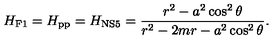
H _ { \mathrm { F 1 } } = H _ { \mathrm { p p } } = H _ { \mathrm { N S 5 } } = { \frac { r ^ { 2 } - a ^ { 2 } \cos ^ { 2 } \theta } { r ^ { 2 } - 2 m r - a ^ { 2 } \cos ^ { 2 } \theta } } .